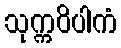
သုက္ကဝိပါကံ